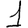
Digit: 1